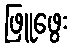
ဖြူဖွေး